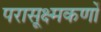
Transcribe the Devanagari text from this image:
परासूक्ष्मकणों